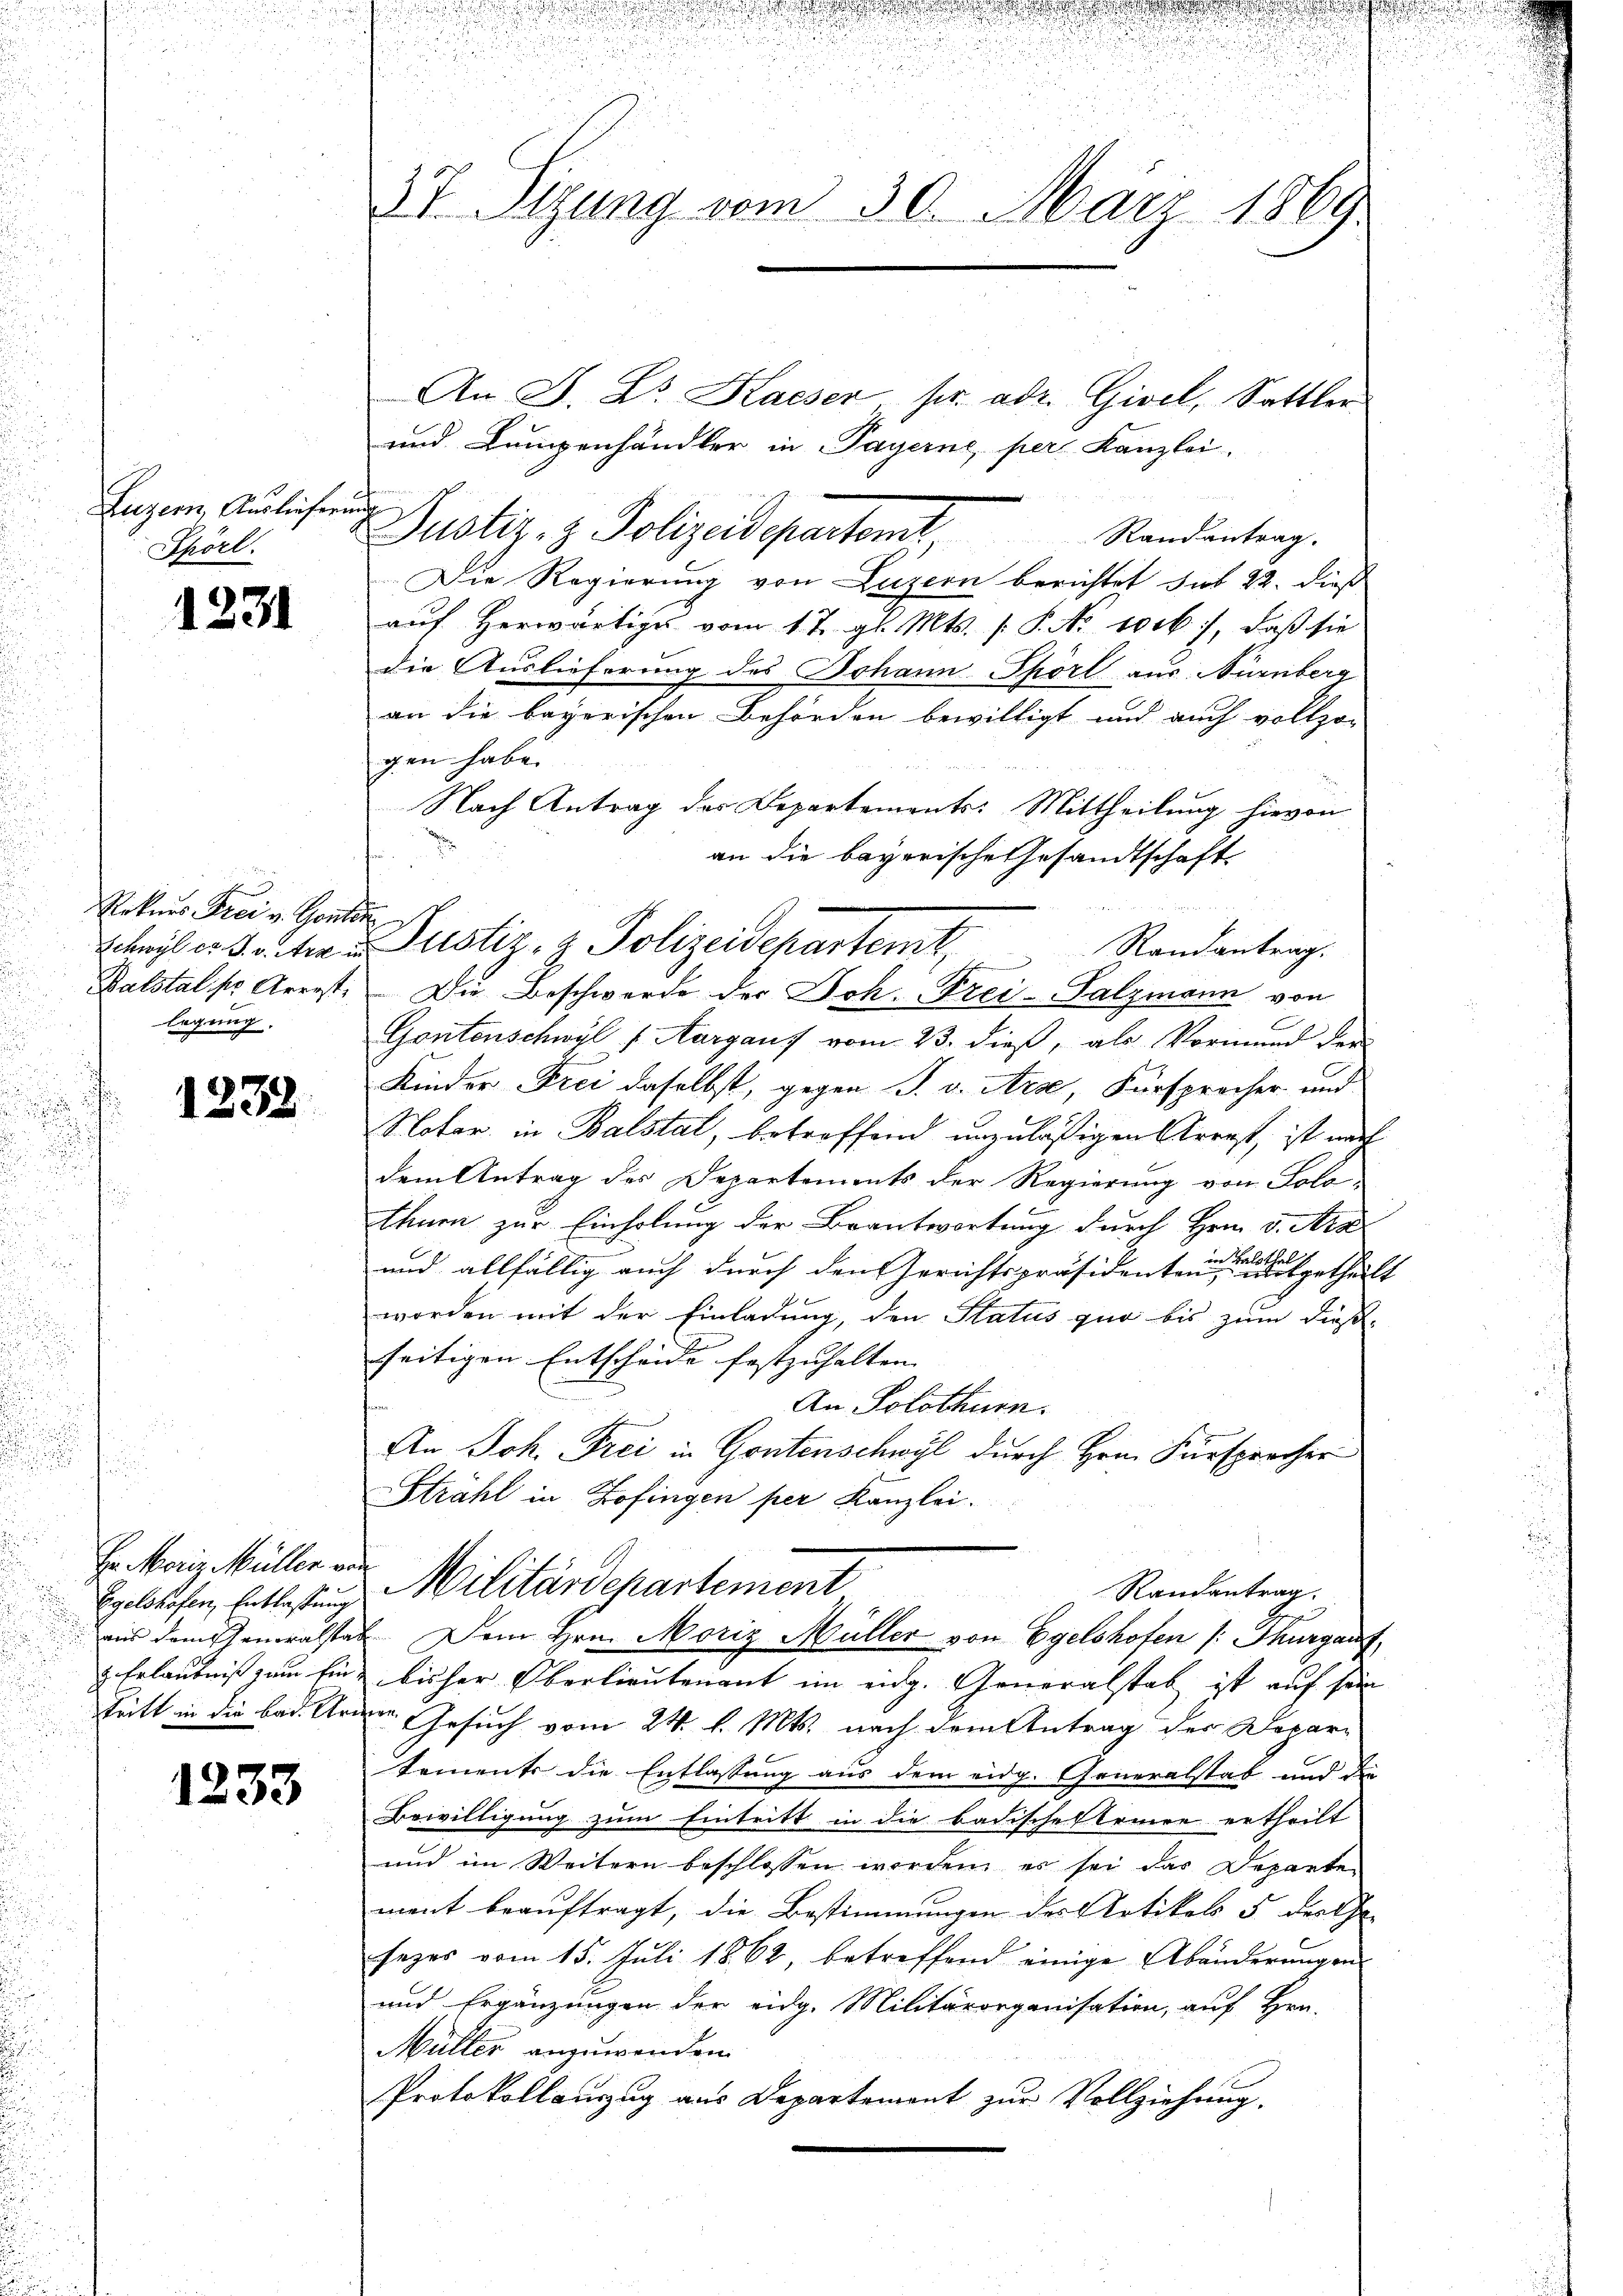
Luzern, Auslieferung
Spörl.

1231

Rekurs Frei v. Gonten
Balstal. pr. Arrest;
legung.

1238

In Moriz Müller ein
Egelshofen, Entlassung
aus dem scheneralstan
z. Erlaubniß zum Ein¬

1233

d

37. Sitzung vom 30. März 1869.

Theyl er Bauter in Pustiz- & Polizeidepartemt,
e
Die Beschwerde der Joh. Frei-Salzmann von

h

An J. L. Kaiser. pr. adr. Gisel, Sattler
und Langenhändler in Payerne, per Kanzlei.
Justiz- & Polizeidepartamt
Randantrag.
Die Regierung von Luzern berichtet sub 22. dieß
aŭf herwärtiges vom 17. gl. Mts. /: P. No 10 c.), daβ sie
die Auslieferung des Johann Spörl aus Nürnberg
an die bayerischen Behörden bewilligt und auch vollzo-
gen habe.
Nach Antrag der Departements: Mittheilung hievon
an die bayerische Gesandtschaft
Randantrag.
Gontenschwil f Aargaus vom 23. dieß, als Vormund der
Kinder Frei daselbst, gegen S. v. Arse, Fürsprocher und
Notar in Balstal, betreffend unzuläßigen Arrest, ist nach
dem Antrag des Departements der Regierung von Solothurn zur Einholung der Beantwortung durch Hrn. v. Arz
und allfällig auch durch den Gerichtspräsidenteien erthe
worden mit der Einladung, den Status quo bis zum dießseitigen Entscheide festzuhalten. |
An Solothurn.
An Joh. Frei in Gontenschwyl durch Hrn. Fürspracher
Strähl in Zofingen per Kanzlei.
Militärdepartement
Randantrag.
2. Dem Hrn. Moriz Müller von Egelshofen (: Thurgau
bisher Oberlieutenant im eidg. Generalstab ist auf sein
Tritt in die bad. Ander Gesuch vom 24. l. Mts. nach dem Antrag der Depar¬
Sements die Entlassung aus dem eidg. Generalstab und der
Bewilligung zum Eintritt in die badische Armee ertheilt
und im Weitern beschlossen werden er sei das Departe
ment beauftragt, die Bestimmungen des Artikels 5 der Ehe-
sezes vom 15. Juli 1862, betreffend einige Abänderungen
und Ergänzungen der eidg. Militärorganisation, auf Hrn.
Müller anzuwenden.
Protokollauszug aus Departement zur Vollziehung.

t